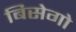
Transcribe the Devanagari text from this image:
बिसेगो